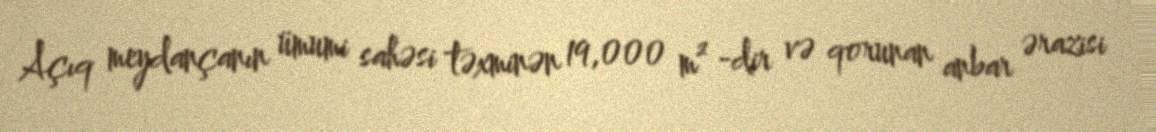
Açıq meydançanın ümumi sahəsi təxminən 19,000 m² -dir və qorunan anbar ərazisi